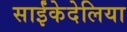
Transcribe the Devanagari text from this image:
साईंकेदेलिया